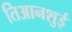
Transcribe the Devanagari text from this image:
तिआनशुई